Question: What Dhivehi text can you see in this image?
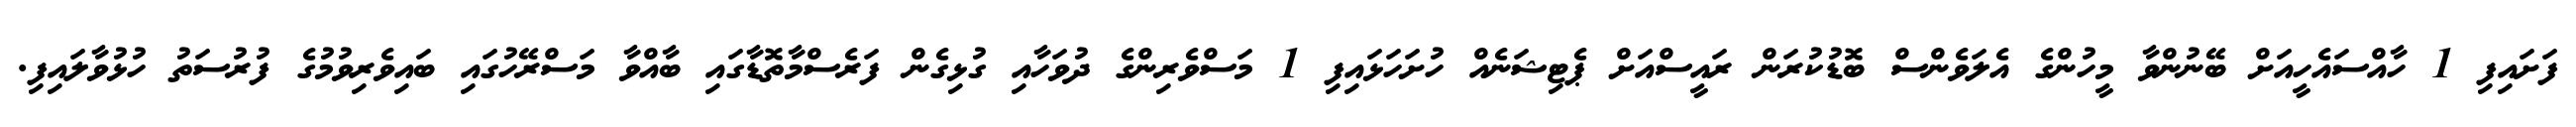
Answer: ފަށައިފި 1 ހާއްސައެހީއަށް ބޭނުންވާ މީހުންގެ އެލަވެންސް ބޮޑުކުރަން ރައީސްއަށް ޕެޓިޝަނެއް ހުށަހަޅައިފި 1 މަސްވެރިންގެ ދުވަހާއި ގުޅިގެން ފަރެސްމާތޮޑާގައި ބާއްވާ މަސްރޭހުގައި ބައިވެރިވުމުގެ ފުރުސަތު ހުޅުވާލައިފި.